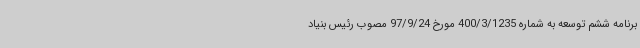
برنامه ششم توسعه به شماره 400/3/1235 مورخ 97/9/24 مصوب رئیس بنیاد